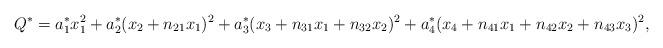
LaTeX: \begin{align*}Q^{*} = a_{1}^{*} x_{1}^{2} + a_{2}^{*} (x_{2} + n_{21} x_{1})^{2}+ a_{3}^{*} (x_{3} + n_{31} x_{1} + n_{32} x_{2})^{2} + a_{4}^{*} (x_{4} + n_{41} x_{1} + n_{42} x_{2} + n_{43} x_{3})^{2},\end{align*}